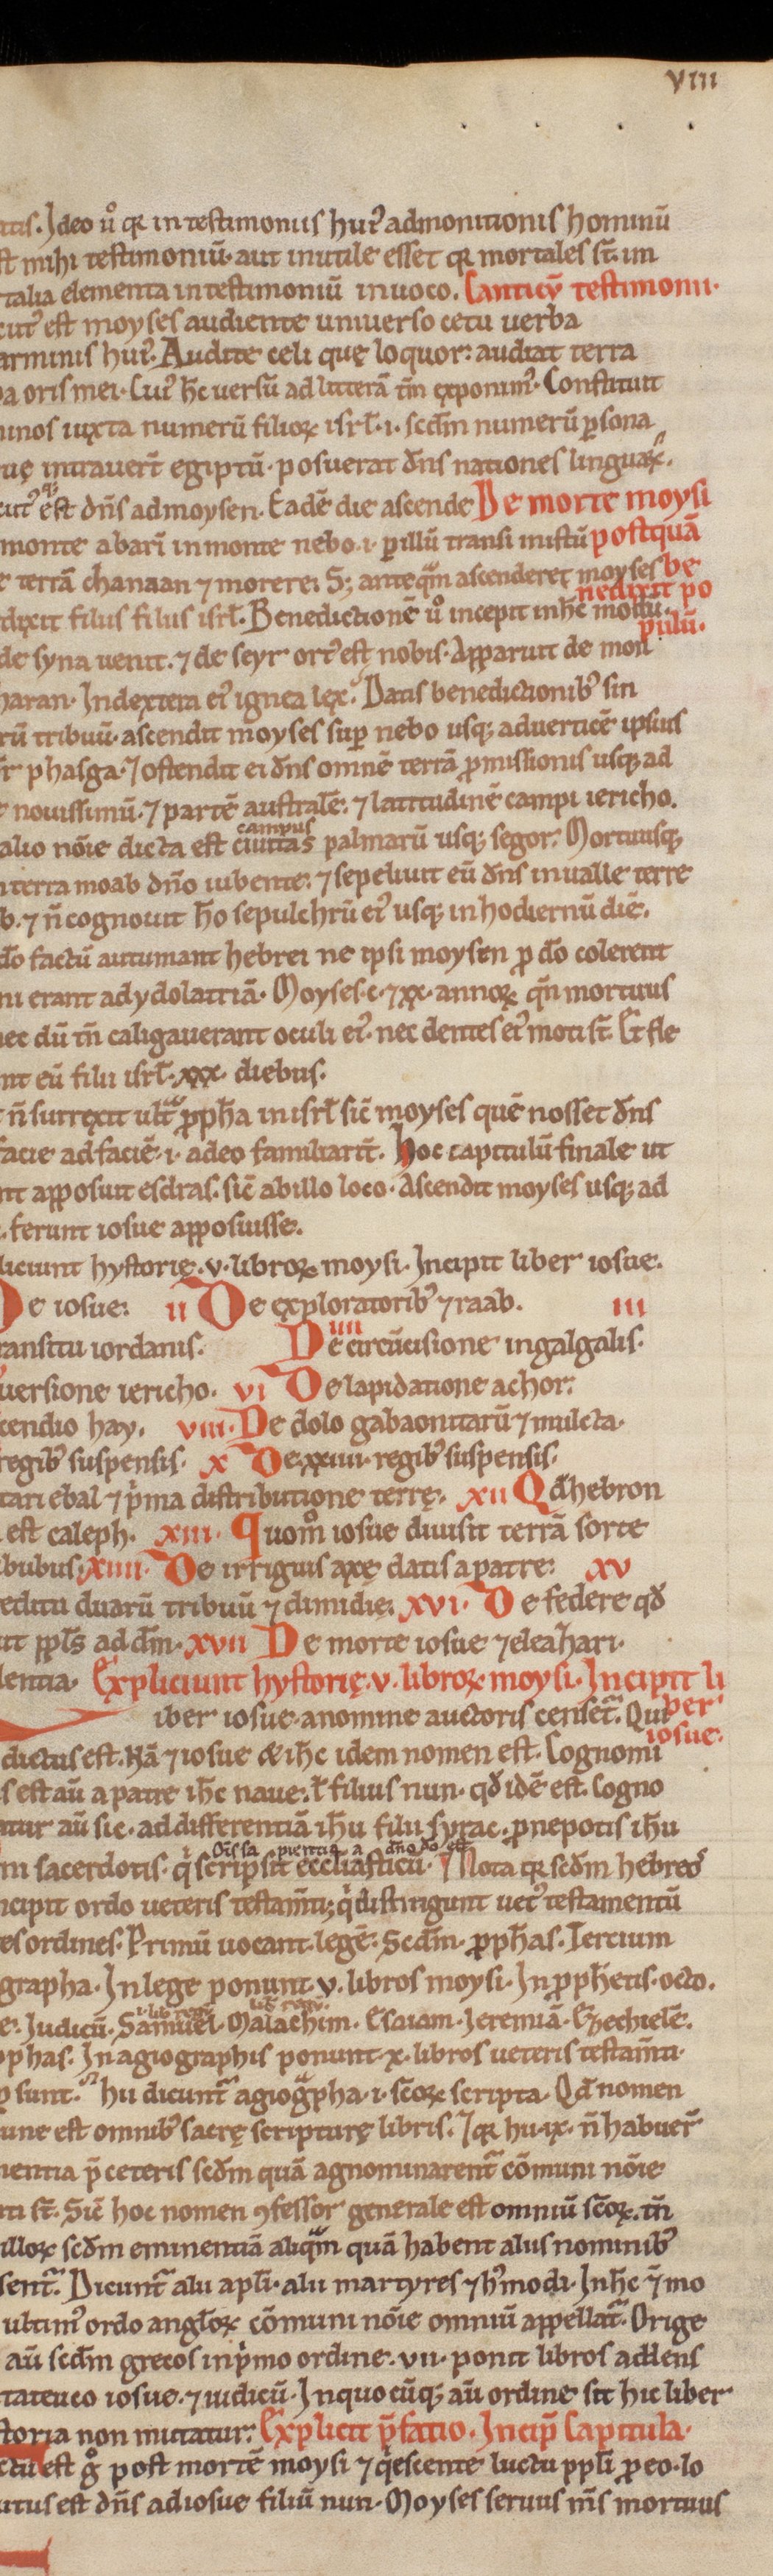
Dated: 1200–1299